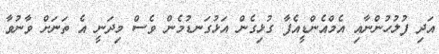
އަދި ފުލުހުންނާއި އެމްއެންޑީއެފާ ގުޅިގެން އަޅުގަނޑުމެން ވެސް މިދަނީ އެ ތަނަށް ވާނުވާ